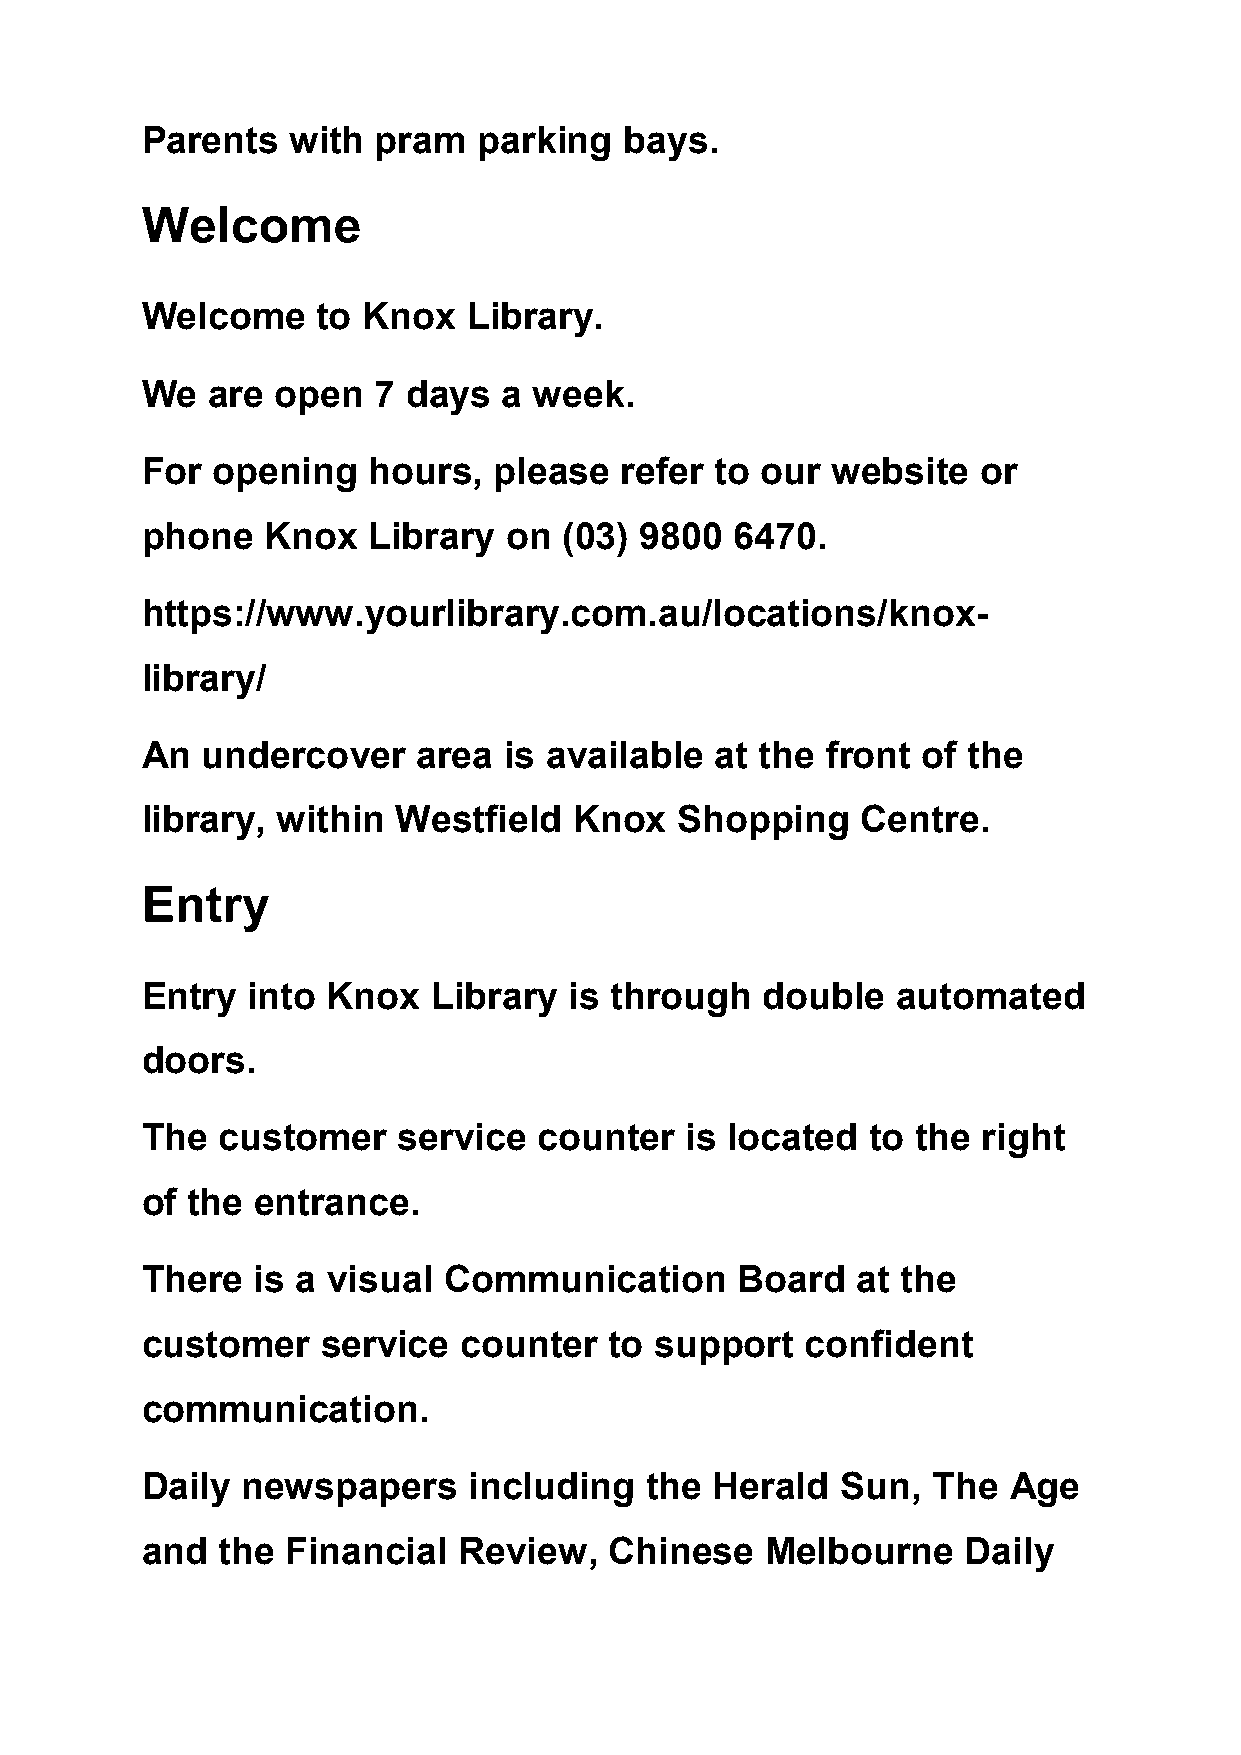
Parents   with  pram   parking  bays.
 Welcome
 Welcome     to Knox   Library.
 We   are open   7 days  a week.
 For  opening   hours,   please  refer to our  website   or
 phone    Knox  Library   on (03) 9800   6470.
 https://www.yourlibrary.com.au/locations/knox-
 library/
 An  undercover     area is available  at the  front of the
 library, within  Westfield   Knox   Shopping    Centre.
 Entry
 Entry  into  Knox   Library  is through   double  automated
 doors.
 The  customer    service   counter  is located   to the right
 of the  entrance.
 There   is a visual Communication       Board   at the
 customer    service  counter   to support   confident
 communication.
 Daily  newspapers     including   the Herald   Sun,  The  Age
 and  the  Financial  Review,   Chinese    Melbourne    Daily